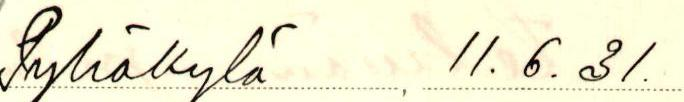
Pyhäkylä , 11.6.31.